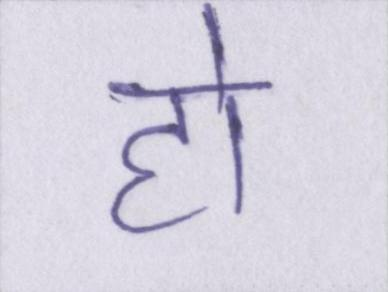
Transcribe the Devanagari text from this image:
हो